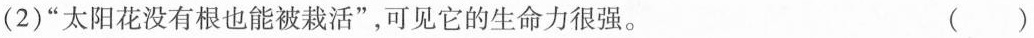
(2)”太阳花没有根也能被栽活”，可见它的生命力很强。 ( )